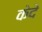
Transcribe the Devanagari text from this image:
केदे